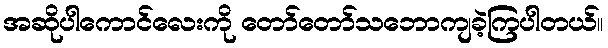
အဆိုပါကောင်လေးကို တော်တော်သဘောကျခဲ့ကြပါတယ်။